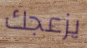
يزعجك